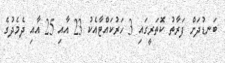
ބަނޑުދަށް ފަރާތު ކޮތަރީގައި 3 ހަރުކައްޓާއެކު 23 އާއި 25 އާއި ދެމެދުގެ